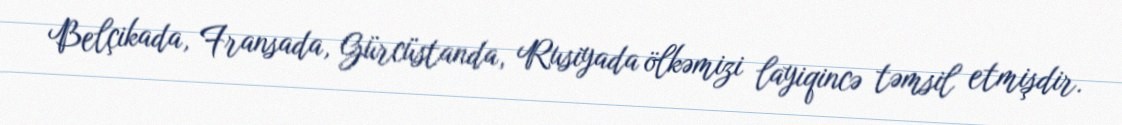
Belçikada, Fransada, Gürcüstanda, Rusiyada ölkəmizi layiqincə təmsil etmişdir.